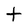
Character: t